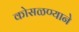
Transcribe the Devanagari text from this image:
कोसळण्याने